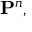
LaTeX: \mathbf { P } ^ { n } ,